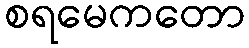
စရမေကတော